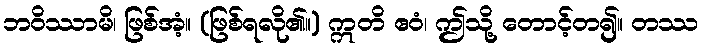
ဘဝိဿာမိ၊ ဖြစ်အံ့။ (ဖြစ်ရလို၏။) ဣတိ ဧဝံ၊ ဤသို့ တောင့်တ၍။ တဿ